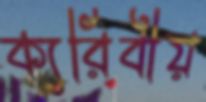
ক্যরিবীয়